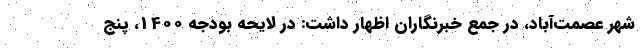
شهر عصمت‌آباد، در جمع خبرنگاران اظهار داشت: در لایحه بودجه 1400، پنج